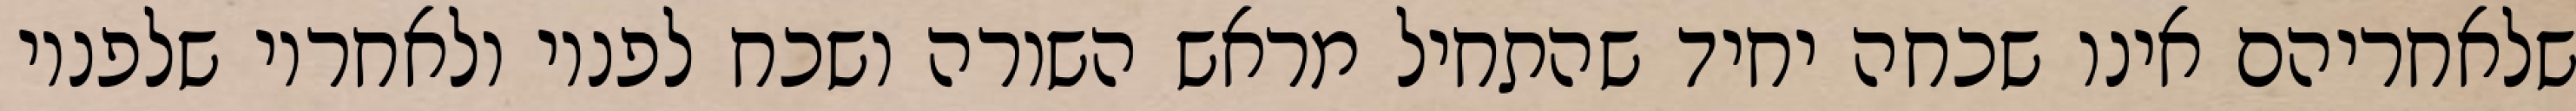
שלאחריהם אינו שכחה יחיד שהתחיל מראש השורה ושכח לפניו ולאחריו שלפניו